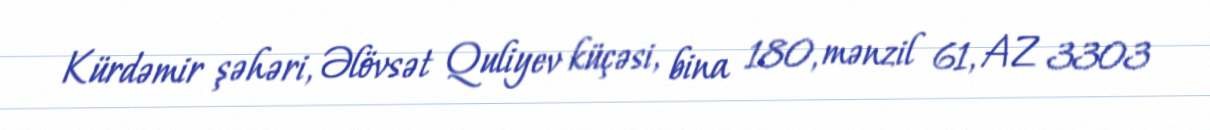
Kürdəmir şəhəri, Əlövsət Quliyev küçəsi, bina 180, mənzil 61, AZ 3303